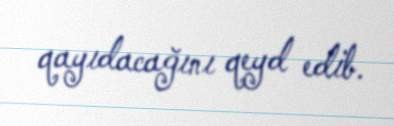
qayıdacağını qeyd edib.